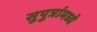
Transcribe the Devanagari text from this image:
सुपुत्रांमध्ये